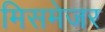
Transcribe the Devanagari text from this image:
मिसमेजर